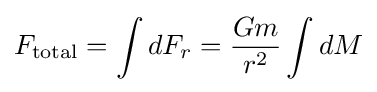
F_{\text{total}}=\int dF_{r}={\frac {Gm}{r^{2}}}\int dM